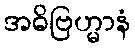
အဓိဗြဟ္မာနံ